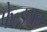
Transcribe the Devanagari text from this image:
फेल्ड्मन